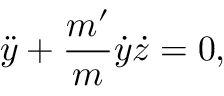
\ddot { y } + \frac { m ^ { \prime } } { m } \dot { y } \dot { z } = 0 ,